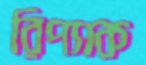
রিপ্যাক